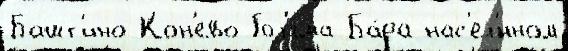
Башт'ино Кон'ево Гол'яма-Ба́ра нас'ел'́нном